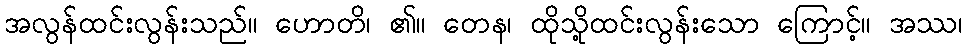
အလွန်ထင်းလွန်းသည်။ ဟောတိ၊ ၏။ တေန၊ ထိုသို့ထင်းလွန်းသော ကြောင့်။ အဿ၊